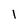
Character: 1